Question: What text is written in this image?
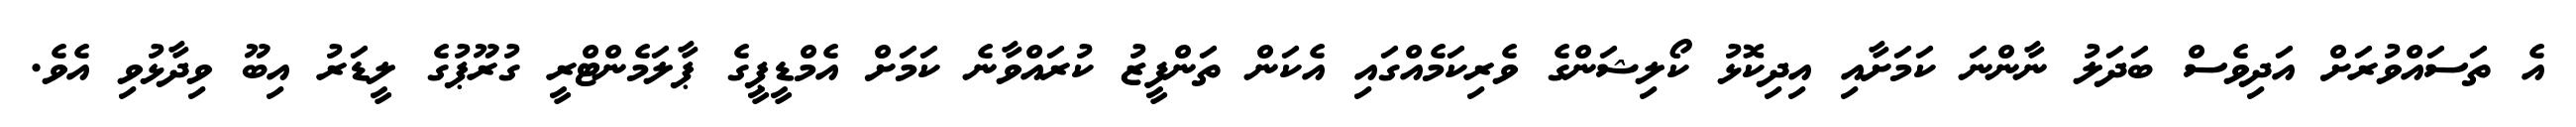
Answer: އެ ތަސައްވުރަށް އަދިވެސް ބަދަލު ނާންނަ ކަމަށާއި އިދިކޮޅު ކޯލިޝަންގެ ވެރިކަމެއްގައި އެކަން ތަންފީޒު ކުރައްވާނެ ކަމަށް އެމްޑީޕީގެ ޕާލަމެންޓްރީ ގުރޫޕުގެ ލީޑަރު އިބޫ ވިދާޅުވި އެވެ.